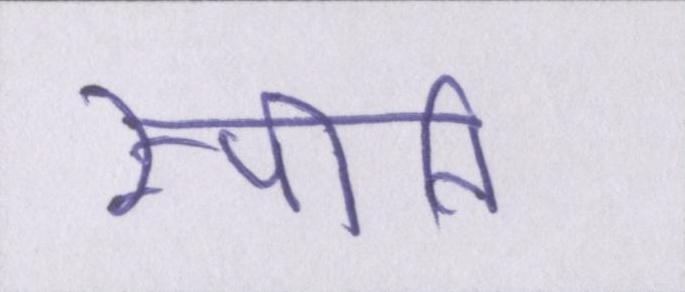
स्पीति